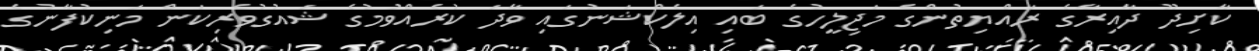
ކާށިދޫ ދާއިރާގެ ރައްޔިތުންގެ މަޖިލީހުގެ ބައި އިލެކްޝަނުގައި ވާދަ ކުރެއްވުމުގެ ޝައުގުވެރިކަން މަނިކުފާނުގެ